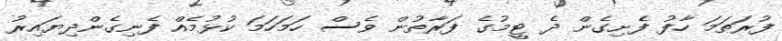
ފުރަތަމަ ހާފު ފެށިގެން ދެ ޓީމުގެ ފަރާތުން ވެސް ހަމަހަމަ ކުޅުމެއް ފެނިގެންދިޔައިރު